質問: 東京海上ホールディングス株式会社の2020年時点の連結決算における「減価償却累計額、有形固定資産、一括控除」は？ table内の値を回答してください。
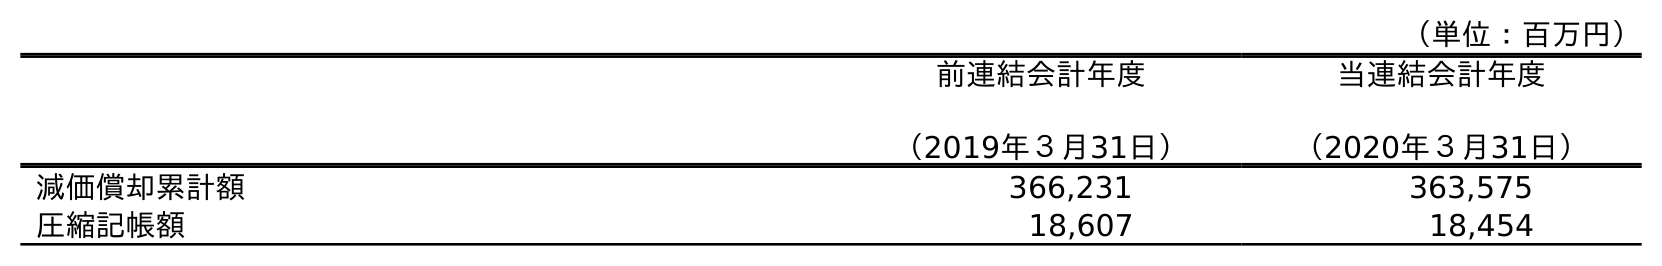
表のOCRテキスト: （単位：百万円） 前連結会計年度 （2019年３月31日） 当連結会計年度 （2020年３月31日） 減価償却累計額 366,231 363,575 圧縮記帳額 18,607 18,454
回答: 363,575